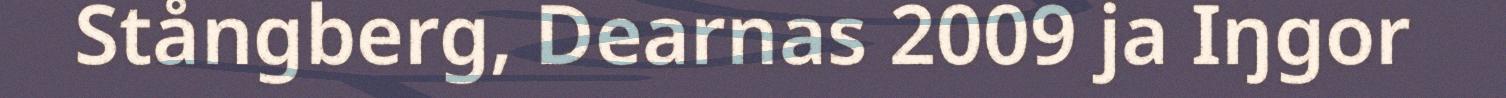
Stångberg, Dearnas 2009 ja Iŋgor